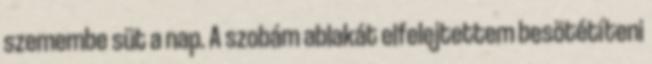
szemembe süt a nap. A szobám ablakát elfelejtettem besötétíteni